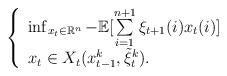
LaTeX: \begin{align*}\left\{\begin{array}{l}\inf_{x_t \in \mathbb{R}^n} -\mathbb{E}[ \sum\limits_{i=1}^{n+1} \xi_{t+1}(i) x_{t}(i) ] \\x_t \in X_t(x_{t-1}^k, {\tilde \xi}_{t}^k ).\end{array}\right.\end{align*}